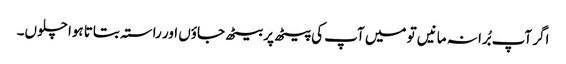
اگر آپ بُرا نہ مانیں تو میں آپ کی پیٹھ پر بیٹھ جاؤں اور راستہ بتاتا ہوا چلوں۔